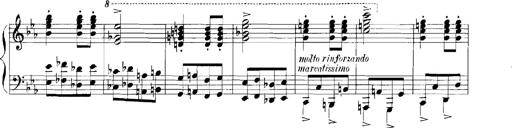
Title: Rhapsodies hongroises
Composer: Franz Liszt